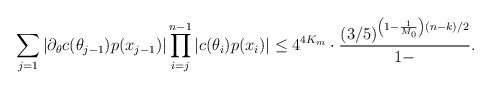
\begin{align*}\sum \limits_{j = 1} |\partial_\theta c(\theta_{j-1}) p(x_{j-1})| \prod \limits_{i=j}^{n-1} |c(\theta_i)p(x_i)| \leq 4^{4K_m} \cdot \frac{(3/5)^{\left(1 - \frac1{M_0} \right)(n-k)/2}}{1 - }.\end{align*}